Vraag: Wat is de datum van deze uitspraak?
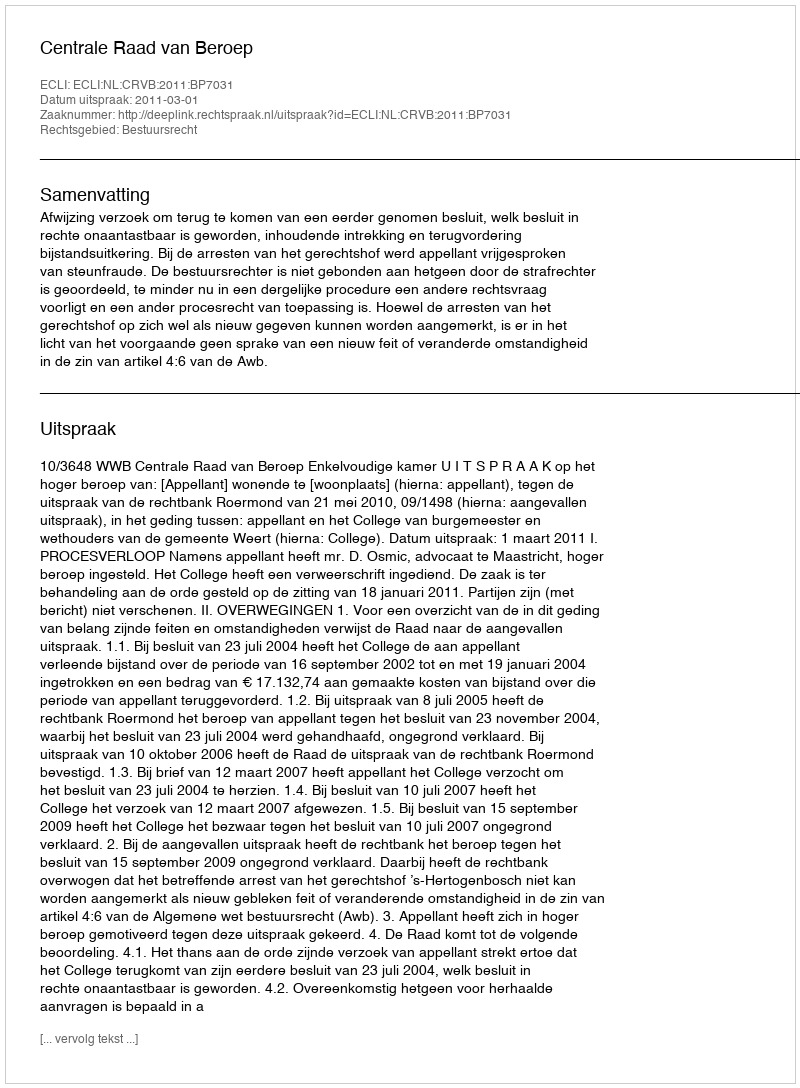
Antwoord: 2011-03-01